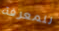
للمعرفة